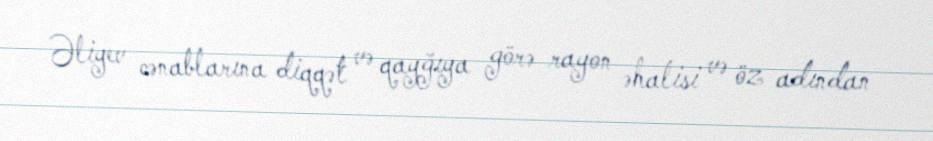
Əliyev cənablarına diqqət və qayğıya görə rayon əhalisi və öz adından